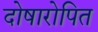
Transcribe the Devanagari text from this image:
दोषारोपित